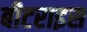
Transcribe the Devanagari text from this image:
बीटराइस